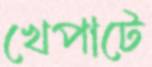
খেপাটে